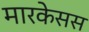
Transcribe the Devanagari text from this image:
मारकेसस